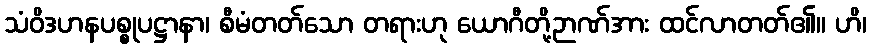
သံဝိဒဟနပစ္စုပဋ္ဌာနာ၊ စီမံတတ်သော တရားဟု ယောဂီတို့ဉာဏ်အား ထင်လာတတ်၏။ ဟိ၊